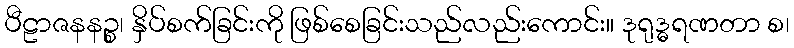
ပီဠာဇနနဉ္စ၊ နှိပ်စက်ခြင်းကို ဖြစ်စေခြင်းသည်လည်းကောင်း။ ဒုရုဒ္ဓရဏတာ စ၊